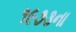
૧૯૭૩ના